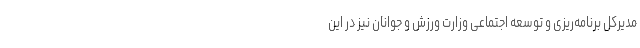
مدیرکل برنامه‌ریزی و توسعه اجتماعی وزارت ورزش و جوانان نیز در این